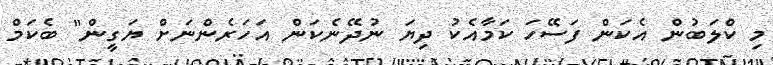
މި ކްލަބުން އެކަން ފަސޭހަ ކަމާއެކު ދިޔަ ނުދޭނެކަން އަހަރެންނަށް ޔަގީން" ބެކަމް